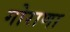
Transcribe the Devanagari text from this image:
गोराणा